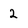
Character: 2